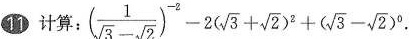
11.计算： :( \frac{1}{ \sqrt{3}- \sqrt{2}})^{-2}-2( \sqrt{3}+ \sqrt{2})^{2}+( \sqrt{3}- \sqrt{2})^{0} 。